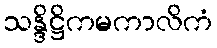
သန္ဒိဋ္ဌိကမကာလိကံ